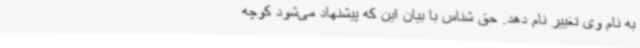
به نام وی تغییر نام دهد. حق شناس با بیان این که پیشنهاد می‌شود کوچه